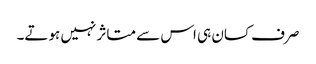
صرف کسان ہی اس سے متاثر نہیں ہوتے۔